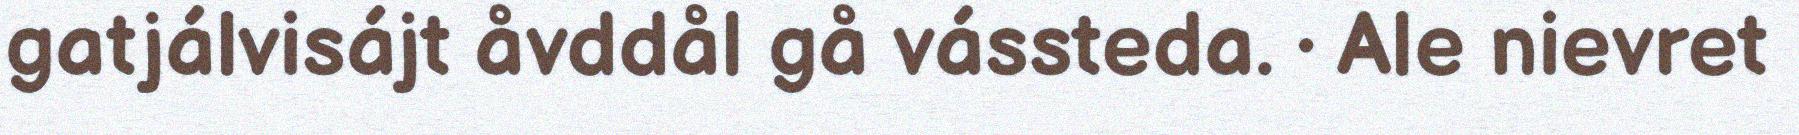
gatjálvisájt åvddål gå vássteda. · Ale nievret